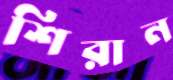
শিরান